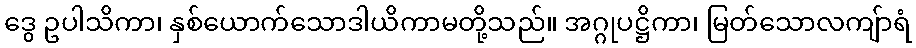
ဒွေ ဥပါသိကာ၊ နှစ်ယောက်သောဒါယိကာမတို့သည်။ အဂ္ဂုပဋ္ဌိကာ၊ မြတ်သောလကျ်ာရံ